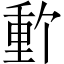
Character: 𬪽